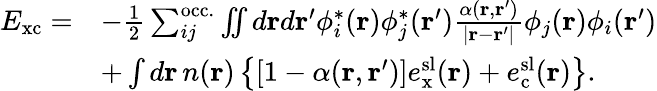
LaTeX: \begin{array}{rl}{E_{\mathrm{xc}}=}&{-\frac{1}{2}\sum_{ij}^{\mathrm{occ.}}\iint d\mathbf{r}d\mathbf{r}^{\prime}\phi_{i}^{*}(\mathbf{r})\phi_{j}^{*}(\mathbf{r}^{\prime})\frac{\alpha(\mathbf{r},\mathbf{r}^{\prime})}{|\mathbf{r}-\mathbf{r}^{\prime}|}\phi_{j}(\mathbf{r})\phi_{i}(\mathbf{r}^{\prime})}\\ &{+\int d\mathbf{r}\, n(\mathbf{r})\left\{ \left[1-\alpha(\mathbf{r},\mathbf{r}^{\prime})\right]e_{\mathrm{x}}^{\mathrm{sl}}(\mathbf{r})+e_{\mathrm{c}}^{\mathrm{sl}}(\mathbf{r})\right\} .}\end{array}